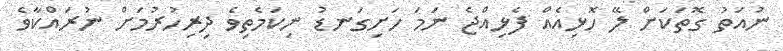
ނުއަތު ގޮތަކަށް ލޭ ހޮޅިއެއް ފެޅިއްޖެ ނަމަ ހަށިގަނޑު ނިކަމެތިވެ ދިރިހުރުމަށް ނުރައްކާވެ